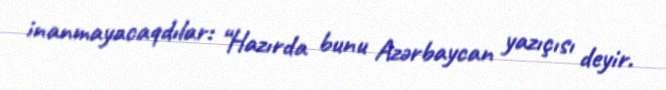
inanmayacaqdılar: “Hazırda bunu Azərbaycan yazıçısı deyir.